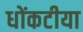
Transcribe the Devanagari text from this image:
धोंकटीया